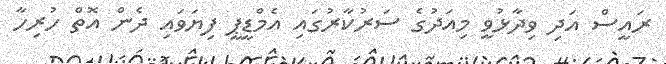
ރައީސް އަދި ވިދާޅުވީ މިއަދުގެ ސަރުކާރުގައި އެމްޑީޕީ ފިޔަވައި ދެން އޮތް ހުރިހާ